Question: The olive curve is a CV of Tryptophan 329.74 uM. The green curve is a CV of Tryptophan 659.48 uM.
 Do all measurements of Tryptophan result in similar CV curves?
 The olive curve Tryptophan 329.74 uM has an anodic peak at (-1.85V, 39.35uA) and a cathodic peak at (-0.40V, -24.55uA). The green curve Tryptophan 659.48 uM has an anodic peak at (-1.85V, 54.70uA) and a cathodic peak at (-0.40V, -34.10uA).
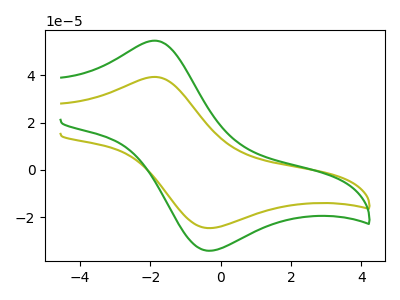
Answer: <think>All the peaks in "Tryptophan 329.74 uM" have a peak in "Tryptophan 659.48 uM" at the same potential. Every peak in "Tryptophan 329.74 uM" is lower than every peak in "Tryptophan 659.48 uM".
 </think>
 <answer>All the CV's of "Tryptophan" have similar shape.</answer>
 <eval>follow_rule</eval>